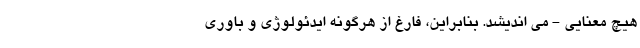
هیچ معنایی - می اندیشد. بنابراین، فارغ از هرگونه ایدئولوژی و باوری